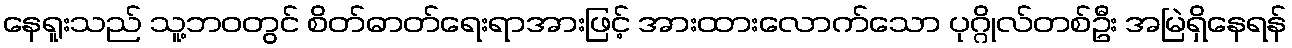
နေရူးသည် သူ့ဘဝတွင် စိတ်ဓာတ်ရေးရာအားဖြင့် အားထားလောက်သော ပုဂ္ဂိုလ်တစ်ဦး အမြဲရှိနေရန်